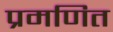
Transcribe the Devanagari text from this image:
प्रमणित